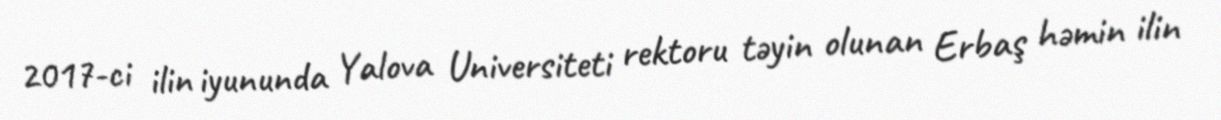
2017-ci ilin iyununda Yalova Universiteti rektoru təyin olunan Erbaş həmin ilin